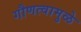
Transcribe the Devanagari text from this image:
गौणत्वामुळे